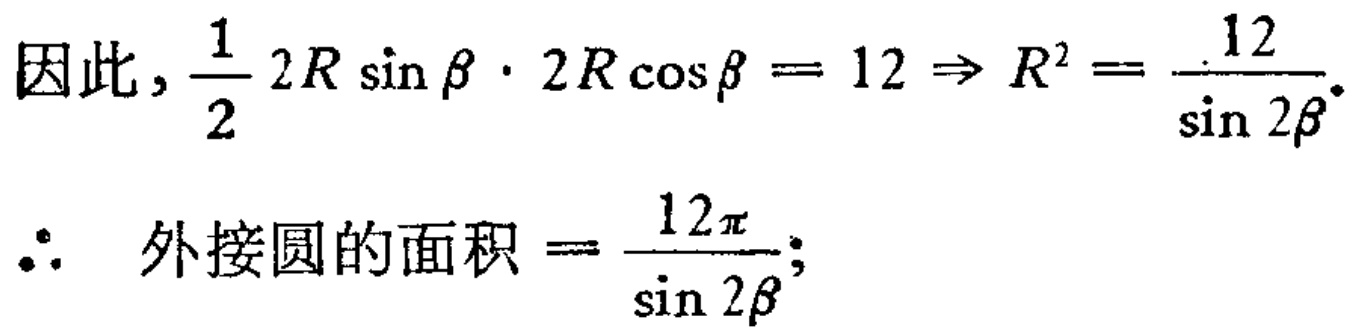
因此, \(\frac{1}{2} 2R \sin \beta \cdot 2R \cos \beta = 12 \Rightarrow R^{2} = \frac{12}{\sin 2\beta}\).
\(\therefore\) 外接圆的面积 \(= \frac{12\pi}{\sin 2\beta}\);